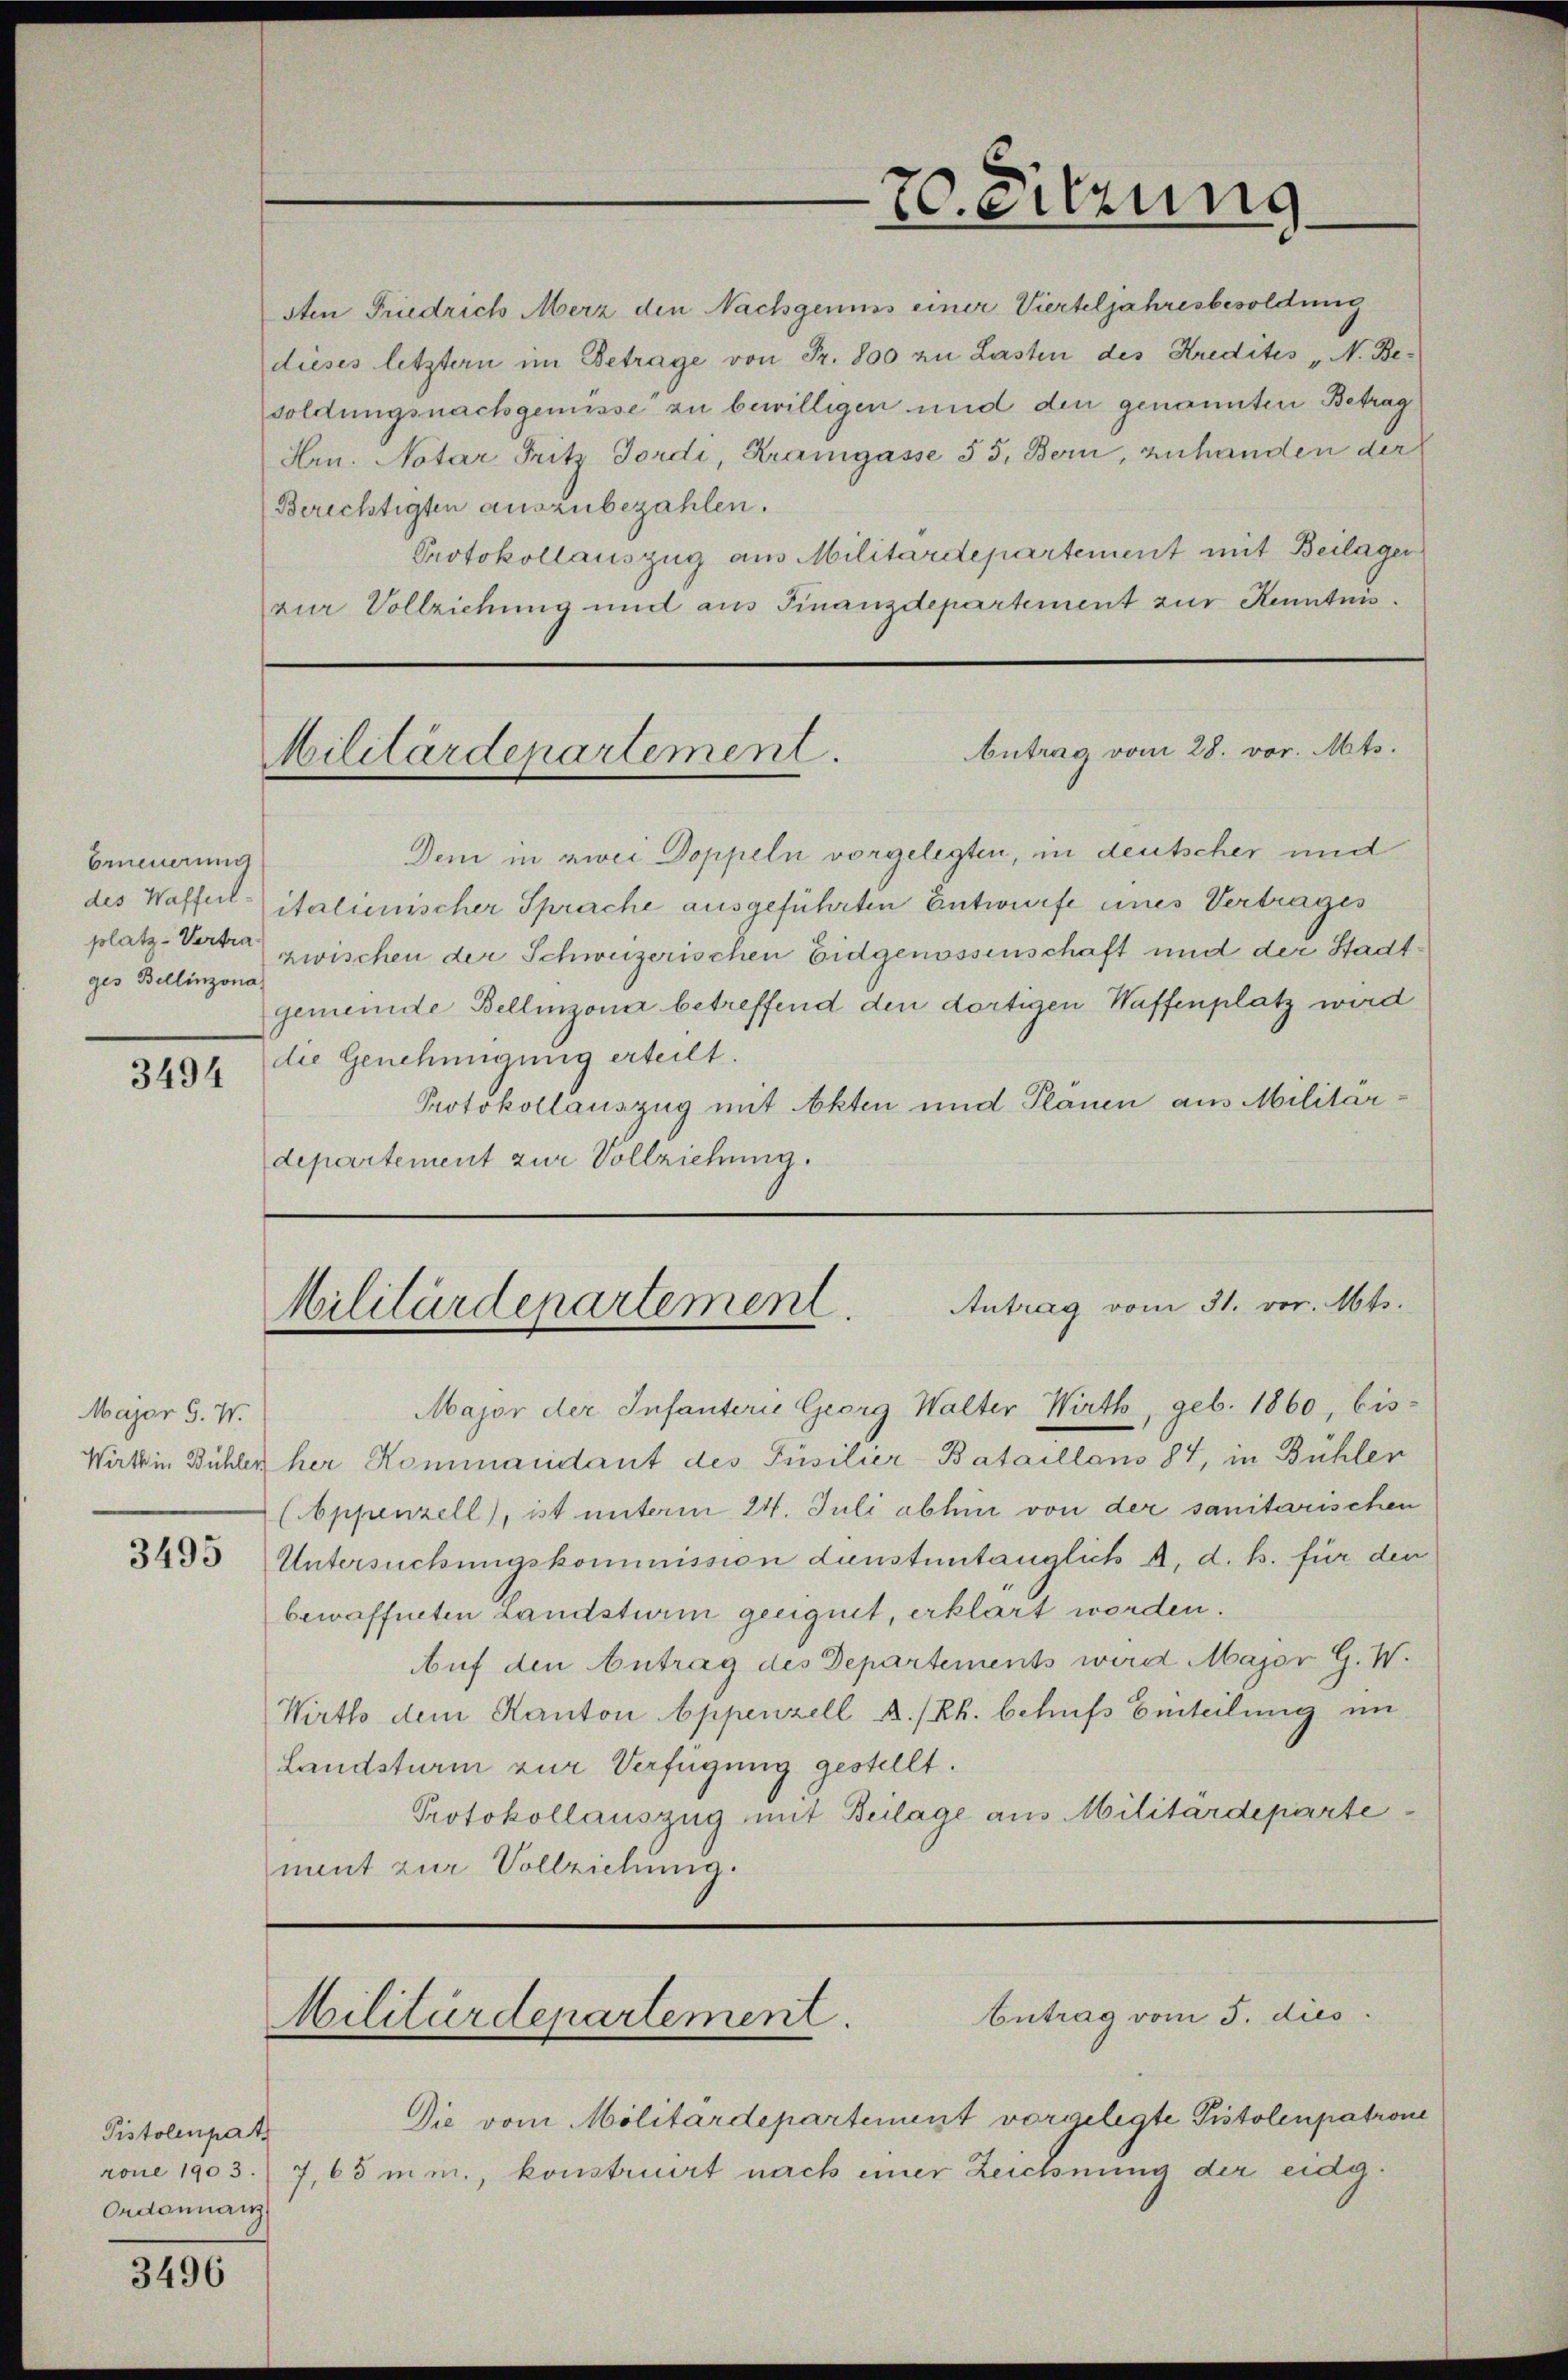
Erneuerung
ges Bellinzona

3494

Major G. W.

Pistolenpat
Ordonnanz

3496

sten Friedrich Merz den Nachgenuss einer Vierteljahresbesoldung
dieses letztern im Betrage von Fr. 800 zu Lasten des Kredites „N. Be-
soldungsnachgewisse zu bewilligen und den genannten Betrag
Hrn. Notar Fritz Jordi, Kramgasse 55, Bern, zuhanden der
Berichtigten auszubezahlen.
Protokollauszug aus Militärdepartement mit Beilager
zur Vollziehung und aus Finanzdepartement zur Kenntnis.

Antrag vom 28. vor. Mts.
Militärdepartement.

Militärdepartement. Antrag vom 31. vor. Mts.

Dem in zwei Doppeln vorgelegten, in deutscher und
des Wafferl italienischer Sprache ausgeführten Entwurfe eines Vertrages
platz-Verte zwischen der Schweizerischen Eidgenossenschaft und der Stadtgemeinde Bellinzona betreffend den dortigen Waffenplatz wird
die Genehmigung erteilt.
Protokollauszug mit Akten und Plänen aus Militärdepartement zur Vollziehung.
Major der Infanterie Georg Walter Wirth, geb. 1860, bis-
Werk in Bühler her Kommandant des Füsilier-Bataillons 84, in Bühler
(Appenzell), ist unterm 24. Juli abhin von der sanitarischen
3493 Untersuchungskommission denstuntauglich A, d. h. für den
bewaffneten Landsturm geeignet, erklärt werden.
Auf den Antrag des Departements wird Major G. W.
Wirth dem Kanton Appenzell A/Rh. behufs Einteilung im
Landsturm zur Verfügung gestellt.
Protokollauszug mit Beilage aus Militärdeparte
ment zur Vollziehung.

Militärdepartement.

70. Sitzung

Eutrag vom 3. dies

Die vom Molitärdepartement vorgelegte Pistolenpatrone
rone 1903. 7, 65 mm, konstruirt nach einer Zeichnung der eidg.